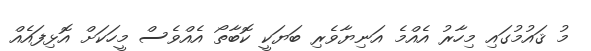
މު ޤައުމުގައި މިހާރު އެއްމެ އަނިޔާވެރި ބަޔަކީ ކޮބާތޯ އެއްވެސް މީހަކަށް އޮޅިފައެއް